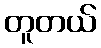
တူတယ်